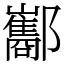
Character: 酅